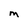
Character: M